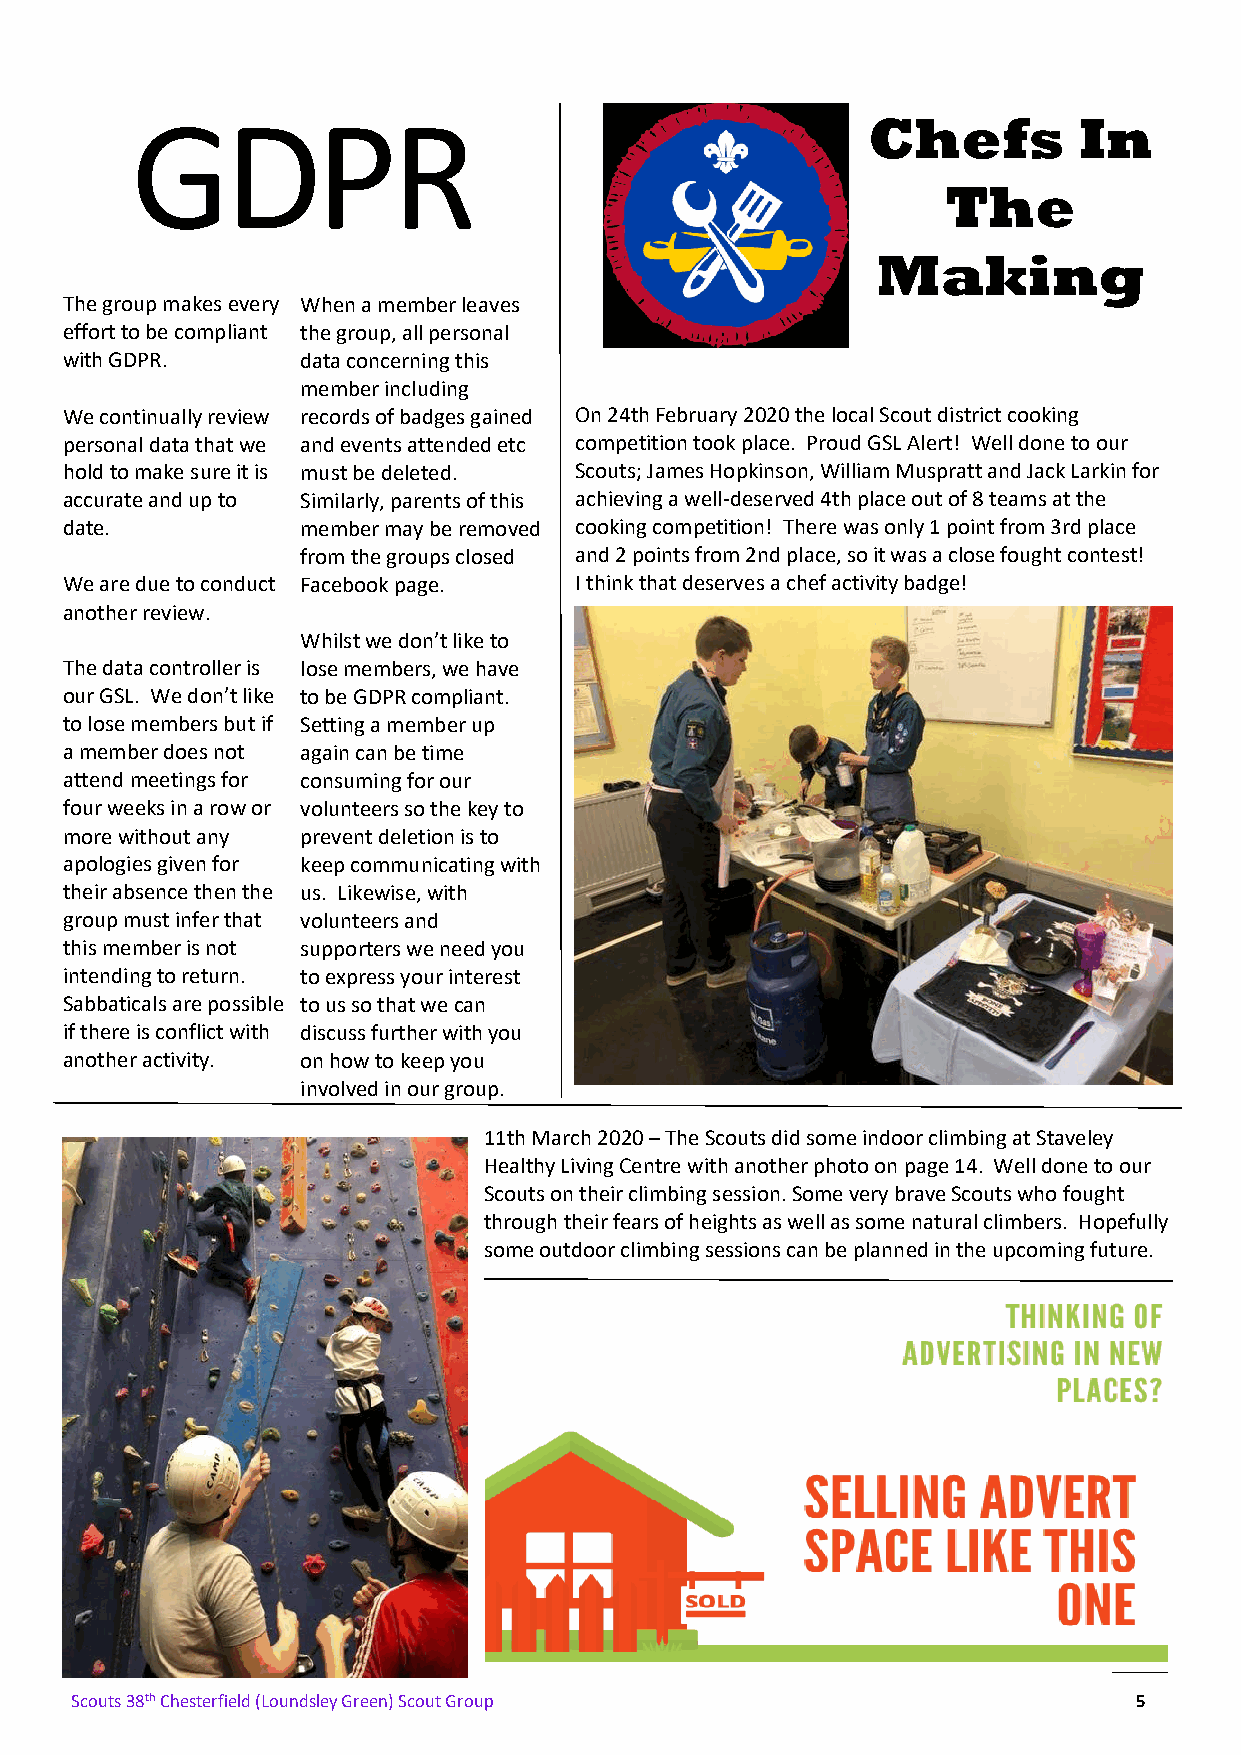
GDPR                                            Chefs         In
 The
 Making
 The group makes every When a member leaves
 effort to be compliant the group, all personal
 with GDPR.      data concerning this
 member including
 We continually review records of badges gained On 24th February 2020 the local Scout district cooking
 personal data that we and events attended etc competition took place. Proud GSL Alert! Well done to our
 hold to make sure it is must be deleted. Scouts; James Hopkinson, William Muspratt and Jack Larkin for
 accurate and up to Similarly, parents of this achieving a well-deserved 4th place out of 8 teams at the
 date.           member may be removed cooking competition! There was only 1 point from 3rd place
 from the groups closed and 2 points from 2nd place, so it was a close fought contest!
 We are due to conduct Facebook page. I think that deserves a chef activity badge!
 another review.
 Whilst we don’t like to
 The data controller is lose members, we have
 our GSL. We don’t like to be GDPR compliant.
 to lose members but if Setting a member up
 a member does not again can be time
 attend meetings for consuming for our
 four weeks in a row or volunteers so the key to
 more without any prevent deletion is to
 apologies given for keep communicating with
 their absence then the us. Likewise, with
 group must infer that volunteers and
 this member is not supporters we need you
 intending to return. to express your interest
 Sabbaticals are possible to us so that we can
 if there is conflict with discuss further with you
 another activity. on how to keep you
 involved in our group.
 11th March 2020 – The Scouts did some indoor climbing at Staveley
 Healthy Living Centre with another photo on page 14. Well done to our
 Scouts on their climbing session. Some very brave Scouts who fought
 through their fears of heights as well as some natural climbers. Hopefully
 some outdoor climbing sessions can be planned in the upcoming future.
 Scouts 38th Chesterfield (Loundsley Green) Scout Group                5